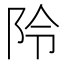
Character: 阾